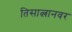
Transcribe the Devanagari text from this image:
तिसात्लानवर